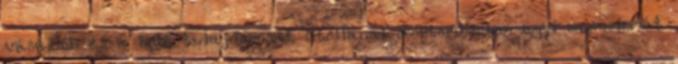
vásárlók és a bolt tulajdonosai. Stellanál szeptemberben agyi aneurizmát